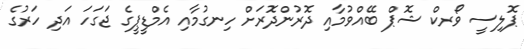
ޕޮލިސީ ވޯރކް ޝޮޕް ބޭއްވުމާއި ދޮރުންދޮރަށް ހިނގުމާއި އެމްޑީޕީގެ ޖަގަހަ އަދި ހަރުގެ